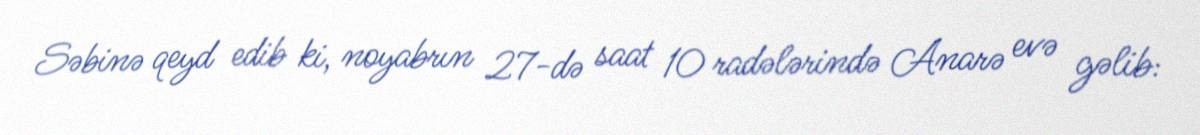
Səbinə qeyd edib ki, noyabrın 27-də saat 10 radələrində Anarə evə gəlib: